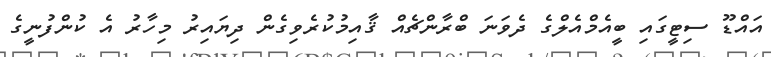
އައްޑޫ ސިޓީގައި ބީއެމްއެލްގެ ދެވަނަ ބްރާންޗެއް ޤާއިމުކުރެވިގެން ދިޔައިރު މިހާރު އެ ކުންފުނީގެ